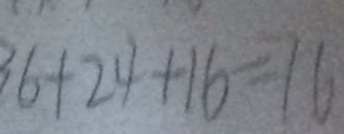
3 6 + 2 4 + 1 6 = 1 6